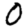
Digit: 0